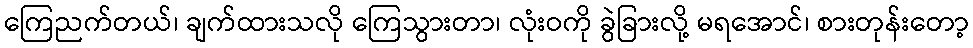
ကြေညက်တယ်၊ ချက်ထားသလို ကြေသွားတာ၊ လုံးဝကို ခွဲခြားလို့ မရအောင်၊ စားတုန်းတော့